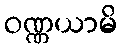
ဝဏ္ဏယာမိ